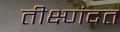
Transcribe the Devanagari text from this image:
तीक्ष्णंदत